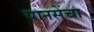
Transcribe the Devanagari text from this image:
पानसेंचा